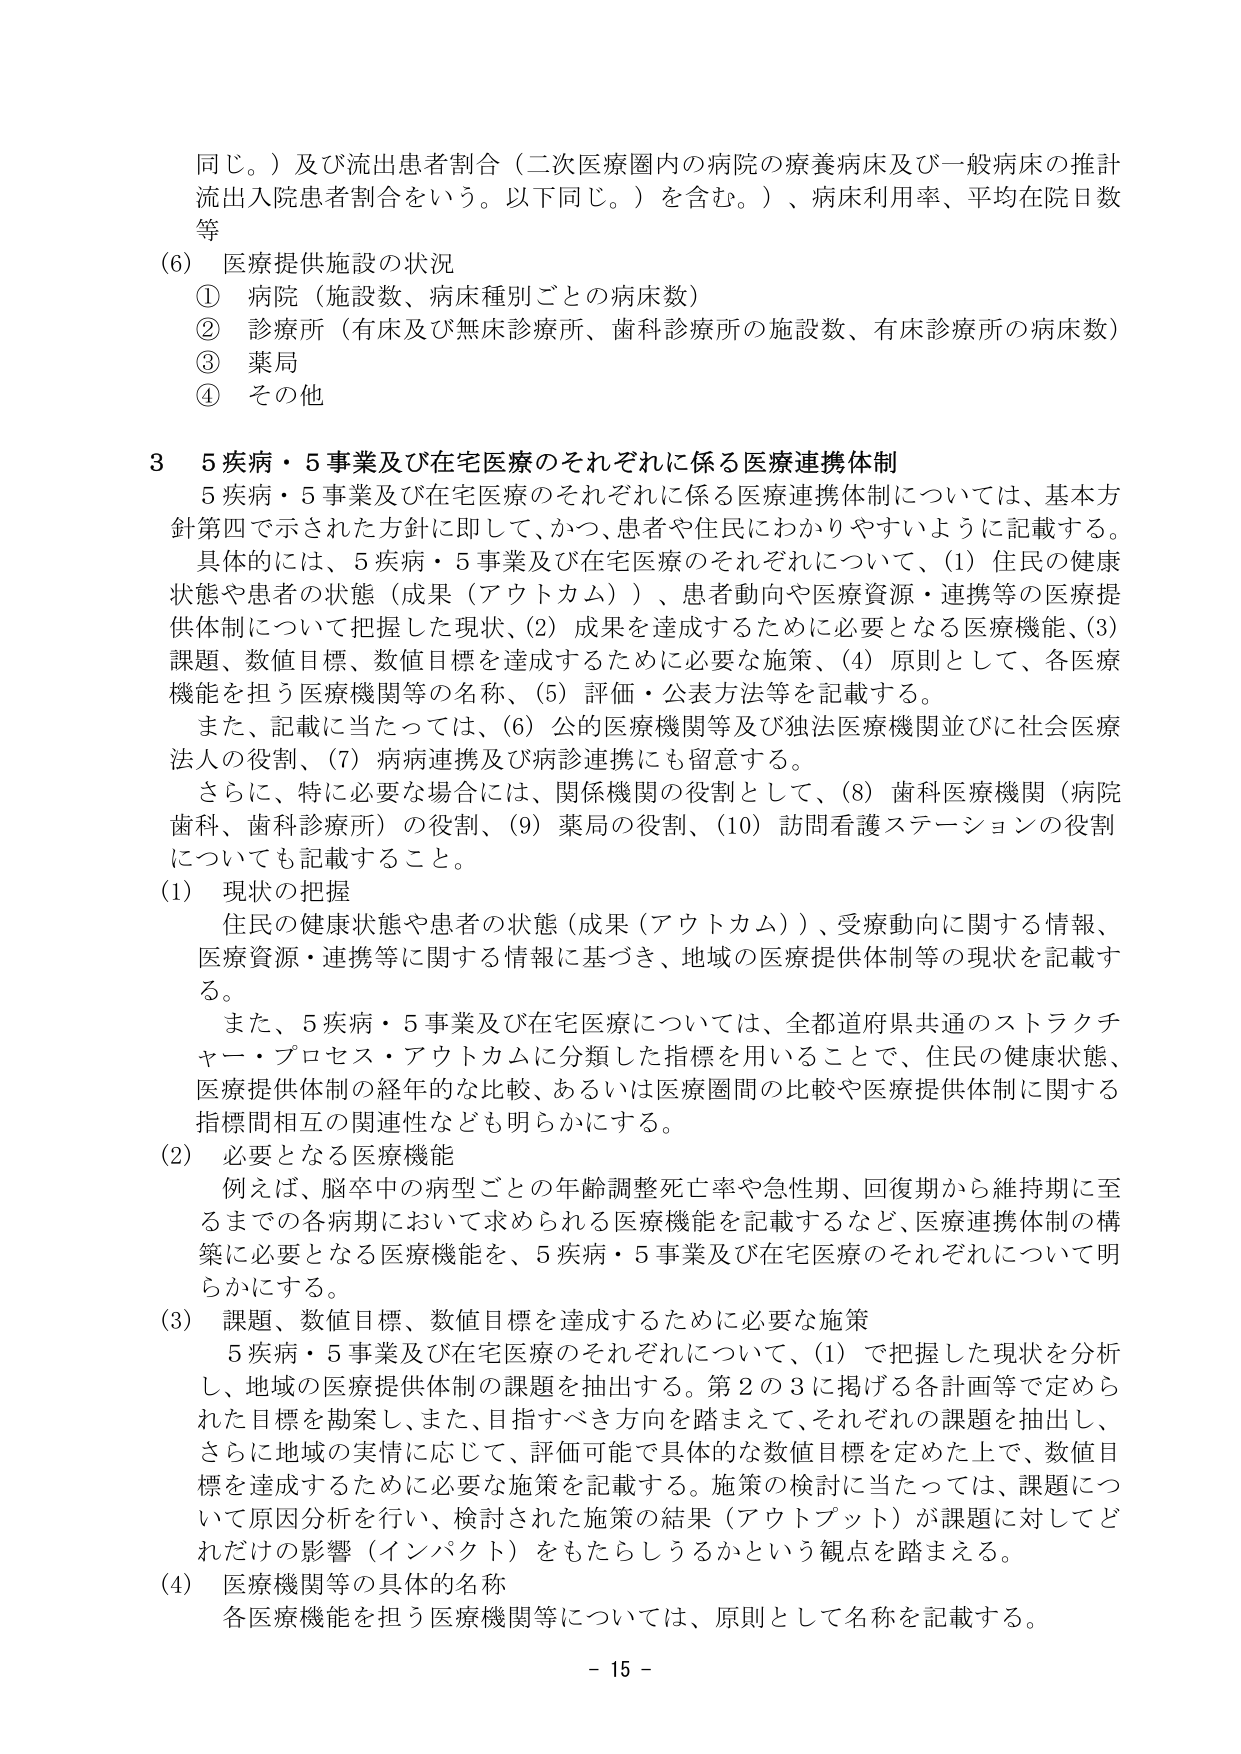
同じ。）及び流出患者割合（二次医療圏内の病院の療養病床及び一般病床の推計流出入院患者割合をいう。以下同じ。）を含む。）、病床利用率、平均在院日数等

(6) 医療提供施設の状況
① 病院（施設数、病床種別ごとの病床数）
② 診療所（有床及び無床診療所、歯科診療所の施設数、有床診療所の病床数）
③ 薬局
④ その他

3 5疾病・5事業及び在宅医療のそれぞれに係る医療連携体制
5疾病・5事業及び在宅医療のそれぞれに係る医療連携体制については、基本方針第四で示された方針に即して、かつ、患者や住民にわかりやすいように記載する。
具体的には、5疾病・5事業及び在宅医療のそれぞれについて、(1) 住民の健康状態や患者の状態（成果（アウトカム））、患者動向や医療資源・連携等の医療提供体制について把握した現状、(2) 成果を達成するために必要となる医療機能、(3) 課題、数値目標、数値目標を達成するために必要な施策、(4) 原則として、各医療機能を担う医療機関等の名称、(5) 評価・公表方法等を記載する。
また、記載に当たっては、(6) 公的医療機関等及び独法医療機関並びに社会医療法人の役割、(7) 病病連携及び病診連携にも留意する。
さらに、特に必要な場合には、関係機関の役割として、(8) 歯科医療機関（病院歯科、歯科診療所）の役割、(9) 薬局の役割、(10) 訪問看護ステーションの役割についても記載すること。

(1) 現状の把握
住民の健康状態や患者の状態（成果（アウトカム））、受療動向に関する情報、医療資源・連携等に関する情報に基づき、地域の医療提供体制等の現状を記載する。
また、5疾病・5事業及び在宅医療については、全都道府県共通のストラクチャー・プロセス・アウトカムに分類した指標を用いることで、住民の健康状態、医療提供体制の経年的な比較、あるいは医療圏間の比較や医療提供体制に関する指標間相互の関連性なども明らかにする。

(2) 必要となる医療機能
例えば、脳卒中の病型ごとの年齢調整死亡率や急性期、回復期から維持期に至るまでの各病期において求められる医療機能を記載するなど、医療連携体制の構築に必要となる医療機能を、5疾病・5事業及び在宅医療のそれぞれについて明らかにする。

(3) 課題、数値目標、数値目標を達成するために必要な施策
5疾病・5事業及び在宅医療のそれぞれについて、(1) で把握した現状を分析し、地域の医療提供体制の課題を抽出する。第2の3に掲げる各計画等で定められた目標を勘案し、また、目指すべき方向を踏まえて、それぞれの課題を抽出し、さらに地域の実情に応じて、評価可能で具体的な数値目標を定めた上で、数値目標を達成するために必要な施策を記載する。施策の検討に当たっては、課題について原因分析を行い、検討された施策の結果（アウトプット）が課題に対してどれだけの影響（インパクト）をもたらしうるかという観点を踏まえる。

(4) 医療機関等の具体的名称
各医療機能を担う医療機関等については、原則として名称を記載する。

- 15 -